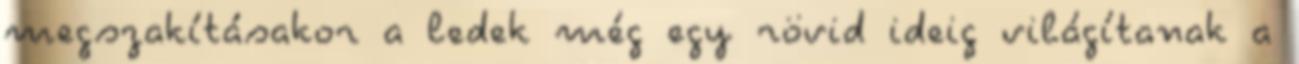
megszakításakor a ledek még egy rövid ideig világítanak a